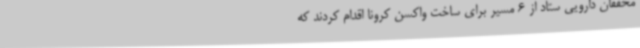
محققان دارویی ستاد از 6 مسیر برای ساخت واکسن کرونا اقدام کردند که